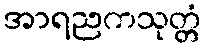
အာရညကသုတ္တံ